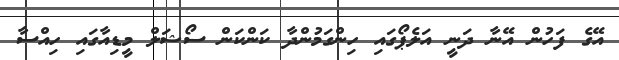
އޭގެ ފަހުން އޭނާ ދަނީ އަލެޕޯގައި ހިންގަމުންދާ ކަންކަން ސޯޝަލް މީޑިއާގައި ހިއްސާ